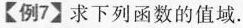
【例7】求下列函数的值域.